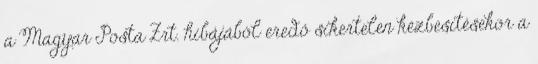
a Magyar Posta Zrt. hibájából eredő sikertelen kézbesítésekor a